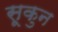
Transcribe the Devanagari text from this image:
सूकुन